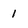
Character: 1